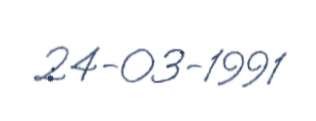
24-03-1991